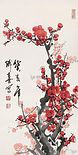
雪花全似梅花萼。细看不是雪无香，天风吹得香零落。